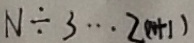
N \div 3 \cdots 2 ( N + 1 )